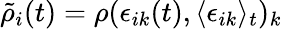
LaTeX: \tilde{\rho}_{i}(t)=\rho(\epsilon_{ik}(t),\langle\epsilon_{ik}\rangle_{t})_{k}